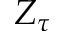
Z _ { \tau }